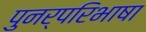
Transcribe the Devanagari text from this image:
पुनर्परिभाषा